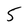
Character: 5